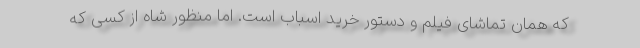
که همان تماشای فیلم و دستور خرید اسباب است. اما منظور شاه از کسی که